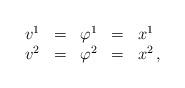
LaTeX: \begin{align*}\begin{array}{ccccl}v^{1} & = & \varphi^{1} & = & x^{1}\\v^{2} & = & \varphi^{2} & = & x^{2}\,,\end{array}\end{align*}